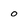
Character: o